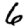
Digit: 6